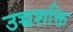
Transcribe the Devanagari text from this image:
उच्चशक्ति